Report of the Hyderabad Chloroform Commission
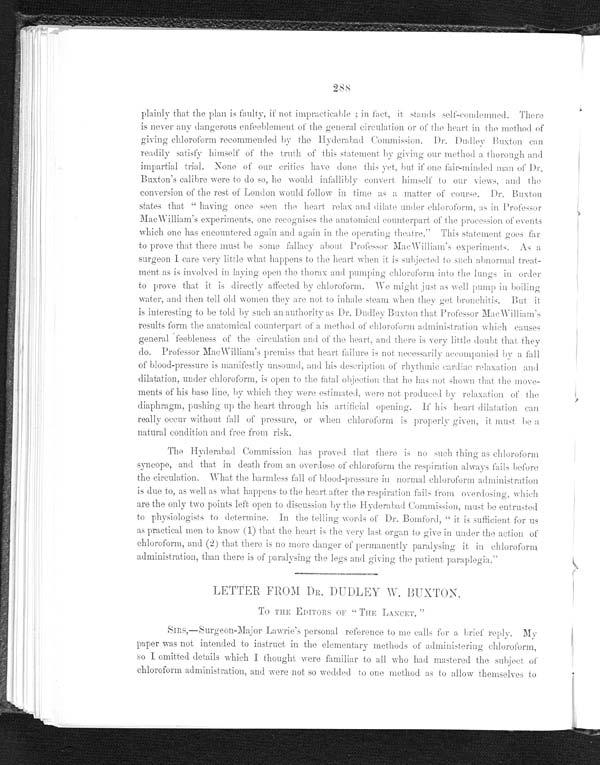
288
plainly that the plan is faulty, if not impracticable; in fact, it stands self-condemned. There
is never any dangerous enfeeblement of the general circulation or of the heart in the method of
giving chloroform recommended by the Hyderabad Commission. Dr. Dudley Buxton can
readily satisfy himself of the truth of this statement by giving our method a thorough and
impartial trial. None of our critics have done this yet, but if one fair-minded man of Dr
. B u x t o n ' s c a l i b r e w e r e t o d o s o , h e w o u l d i n f a l l i b l y c o n v e r t h i m s e l f t o o u r v i e w s , a n d t h e c o n v e r s i o n o f t h e r e s t o f L o n d o n w o u l d f o l l o w i n t i m e a s a m a t t e r o f c o u r s e . D r . B u x t o n
states that "having once seen the heart relax and dilate under chloroform, as in Professor
MacWilliam's experiments, one recognises the anatomical counterpart of the procession of events
which one has encountered again and again in the operating theatre. This statement goes far
to prove that there must be some fallacy about Professor MacWilliam's experiments. As a
surgeon I care very little what happens to the heart when it is subjected to such abnormal treat
- m e n t a s i s i n v o l v e d i n l a y i n g o p e n t h e t h o r a x a n d p u m p i n g c h l o r o f o r m i n t o t h e l u n g s i n o r d e r
to prove that it is directly affected by chloroform. We might just as well pump in boiling
water, and then tell old women they are not to inhale steam when they get bronchitis. But it
is interesting to be told by such an authority as Dr. Dudley Buxton that Professor MacWilliam's
results form the anatomical counterpart of a method of chloroform administration which causes
general feebleness of the circulation and of the heart, and there is very little doubt that they
do. Professor MacWilliam's premiss that heart failure is not necessarily accompanied by a fall
of blood-pressure is manifestly unsound, and his description of rhythmic cardiac relaxation and
dilatation, under chloroform, is open to time fatal objection that he has not shown that the move
-ments of his base line, by which they were estimated, were not produced by relaxation of the
diaphragm, pushing up the heart through his artificial opening. If his heart dilatation can
really occur without fall of pressure, or when chloroform is properly given, it must be a
natural condition and free from risk.
The Hyderabad Commission has proved that there is no such thing as chloroform
syncope, and that in death from an overdose of chloroform the respiration always fails before
the circulation. What the harmless fall of blood-pressure in normal chloroform administration
is due to, as well as what happens to the heart after the respiration fails from overdosing, which
are the only two points left open to discussion by the Hyderabad Commission, must be entrusted
to physiologists to determine. In the telling words of Dr. Bomford, "it is sufficient for us
as practical men to know (1) that the heart is the very last organ to give in under the action of
chloroform, and (2) that there is no more danger of permanently paralysing it in. chloroform
administration, than there is of paralysing the legs and giving the patient paraplegia."
LETTER FROM DR. DUDLEY W. BUXTON,
TO THE EDITORS OF "THE LANCET."
SIRS,—Surgeon-Major Lawrie's personal reference to me calls for a brief reply My
paper was not intended to instruct in the elementary methods of administering chloroform,
so I omitted details which I thought were familiar to all who had mastered the subject of
chloroform administration, and were not so wedded to one method as to allow themselves to